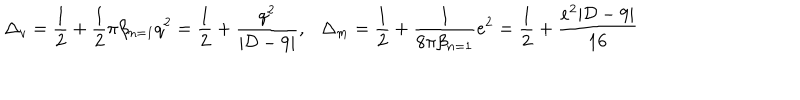
LaTeX: \Delta _ { v } = { \frac { 1 } { 2 } } + { \frac { 1 } { 2 } } \pi \beta _ { n = 1 } q ^ { 2 } = { \frac { 1 } { 2 } } + { \frac { q ^ { 2 } } { | { \cal D } - 9 | } } , \; \; \, \Delta _ { m } = { \frac { 1 } { 2 } } + { \frac { 1 } { 8 \pi \beta _ { n = 1 } } } e ^ { 2 } = { \frac { 1 } { 2 } } + { \frac { e ^ { 2 } | { \cal D } - 9 | } { 1 6 } }